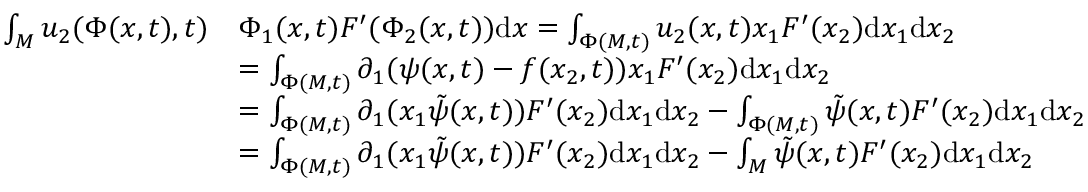
\begin{array} { r l } { \int _ { M } u _ { 2 } ( \Phi ( x , t ) , t ) } & { \Phi _ { 1 } ( x , t ) F ^ { \prime } ( \Phi _ { 2 } ( x , t ) ) \mathrm { d } x = \int _ { \Phi ( M , t ) } u _ { 2 } ( x , t ) x _ { 1 } F ^ { \prime } ( x _ { 2 } ) \mathrm { d } x _ { 1 } \mathrm { d } x _ { 2 } } \\ & { = \int _ { \Phi ( M , t ) } \partial _ { 1 } ( \psi ( x , t ) - f ( x _ { 2 } , t ) ) x _ { 1 } F ^ { \prime } ( x _ { 2 } ) \mathrm { d } x _ { 1 } \mathrm { d } x _ { 2 } } \\ & { = \int _ { \Phi ( M , t ) } \partial _ { 1 } ( x _ { 1 } \tilde { \psi } ( x , t ) ) F ^ { \prime } ( x _ { 2 } ) \mathrm { d } x _ { 1 } \mathrm { d } x _ { 2 } - \int _ { \Phi ( M , t ) } \tilde { \psi } ( x , t ) F ^ { \prime } ( x _ { 2 } ) \mathrm { d } x _ { 1 } \mathrm { d } x _ { 2 } } \\ & { = \int _ { \Phi ( M , t ) } \partial _ { 1 } ( x _ { 1 } \tilde { \psi } ( x , t ) ) F ^ { \prime } ( x _ { 2 } ) \mathrm { d } x _ { 1 } \mathrm { d } x _ { 2 } - \int _ { M } \tilde { \psi } ( x , t ) F ^ { \prime } ( x _ { 2 } ) \mathrm { d } x _ { 1 } \mathrm { d } x _ { 2 } } \end{array}